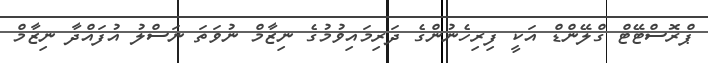
ޕްރޮސްޓޭޓް ގްލޭންޑް އަކީ ފިރިހެނުންގެ ދަރިމައިވުމުގެ ނިޒާމް ނުވަތަ ނަސްލު އުފައްދާ ނިޒާމް